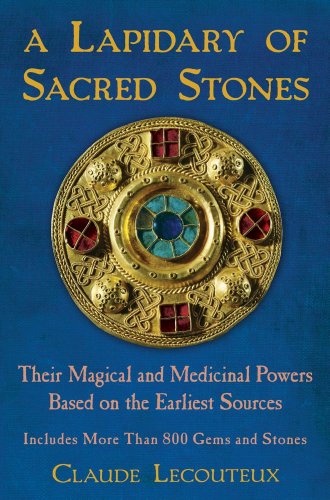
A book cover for A Lapidary of Sacred Stones: Their Magical and Medicinal Powers Based on the Earliest Sources; Claude Lecouteux; Religion & Spirituality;